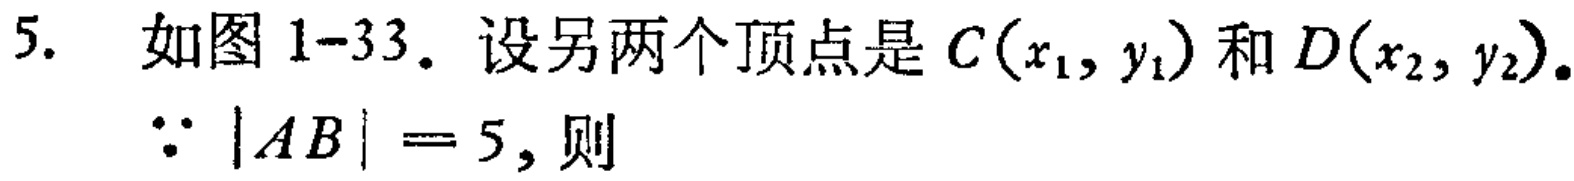
5. 如图 1-33. 设另两个顶点是 \(C(x_{1},y_{1})\) 和 \(D(x_{2},y_{2})\).
\(\because |AB| = 5\), 则